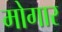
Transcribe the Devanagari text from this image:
मोगार